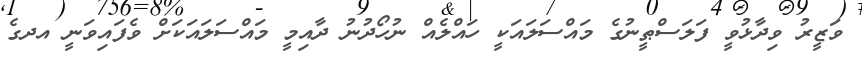
ވަޒީރު ވިދާޅުވީ ފަލަސްޠީނުގެ މައްސަލައަކީ ހައްލެއް ނުހޯދުނު ދާއިމީ މައްސަލައަކަށް ވެފައިވަނީ އދގެ